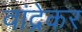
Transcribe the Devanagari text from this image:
वांद्रेकर